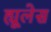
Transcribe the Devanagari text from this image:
ह्यूलेस